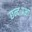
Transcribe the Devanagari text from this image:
छन्दःप्रभा